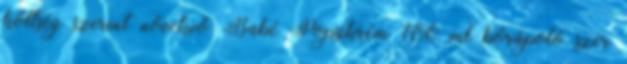
költség szerint növekvő Babé Popsikrém 100 ml bőrápoló szer